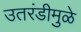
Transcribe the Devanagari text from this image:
उतरंडीमुळे